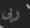
ربى